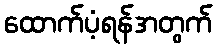
ထောက်ပံ့ရန်အတွက်